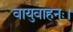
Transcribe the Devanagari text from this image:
वायुवाहनः।